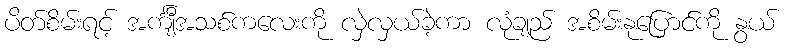
ပိတ်စိမ်းရင့် အင်္ကျီအသစ်ကလေးကို လှဲလှယ်ခဲ့ကာ လုံချည် အစိမ်းနုပြောင်ကို နွယ်